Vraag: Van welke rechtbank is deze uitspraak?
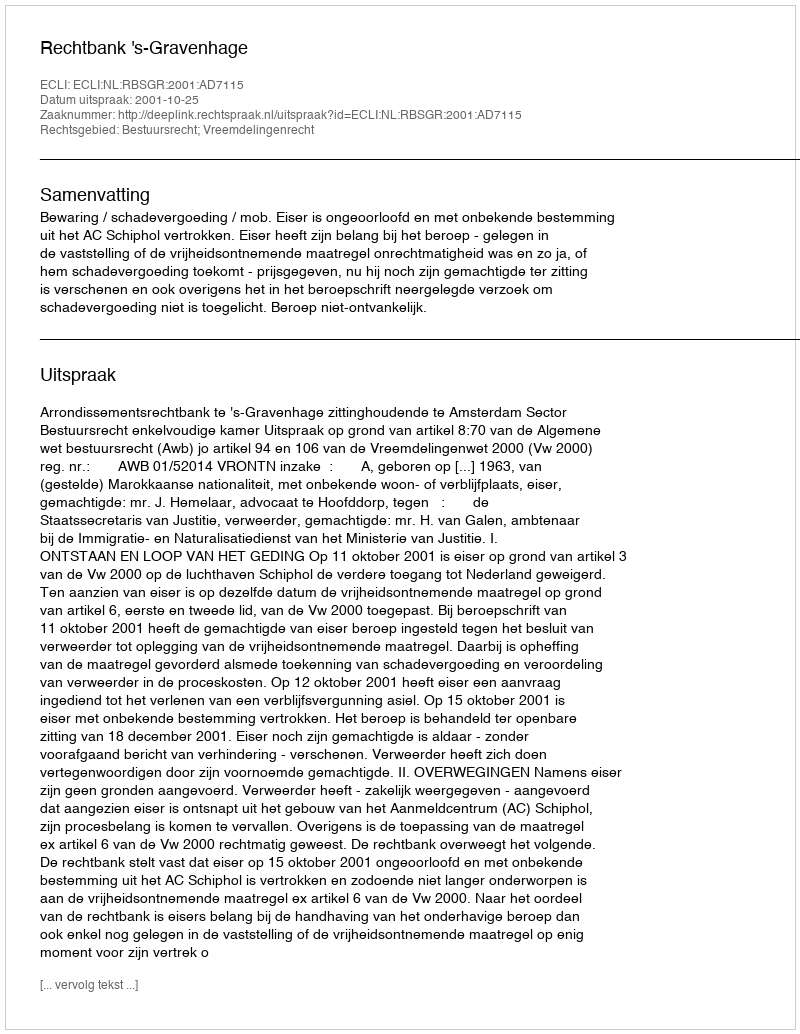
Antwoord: Rechtbank 's-Gravenhage